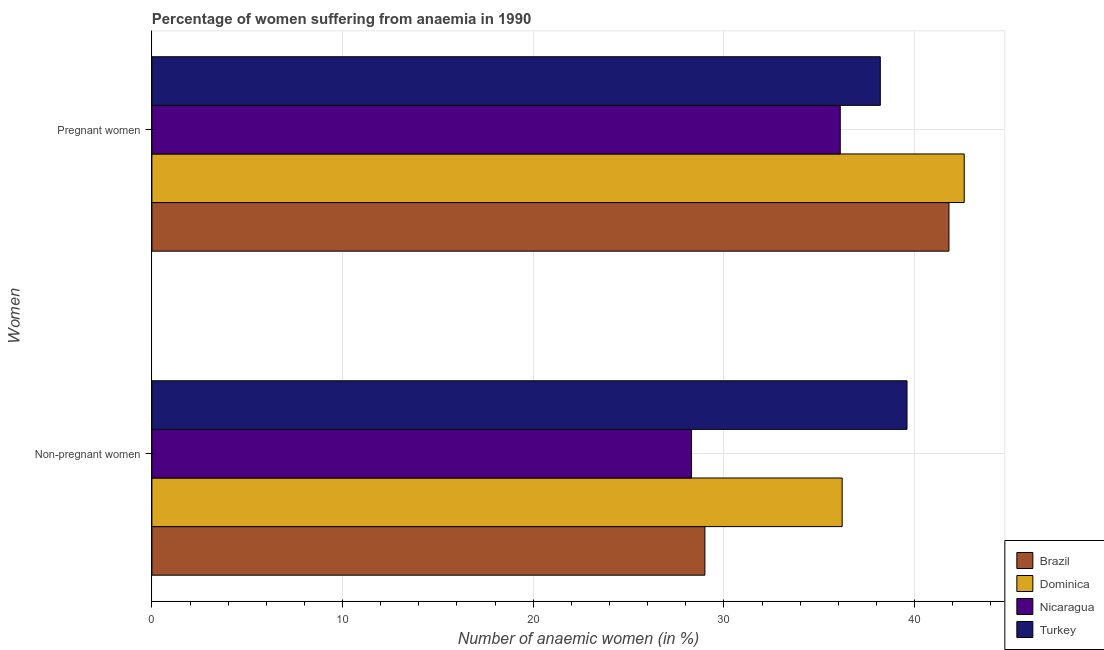
| Women | Brazil | Dominica | Nicaragua | Turkey |
 | --- | --- | --- | --- | --- |
 | Non-pregnant women | 29 | 36.2 | 28.3 | 39.6 |
 | Pregnant women | 41.8 | 42.6 | 36.1 | 38.2 |